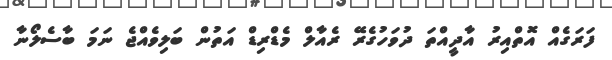
ފަރަގެއް އޮތްއިރު އާދީއްތަ ދުވަހުގެރޭ ރެއާލް މެޑްރިޑް އަތުން ބަލިވެއްޖެ ނަމަ ބާސެލޯނާ